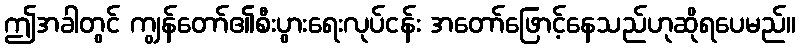
ဤအခါတွင် ကျွန်တော်၏စီးပွားရေးလုပ်ငန်း အတော်ဖြောင့်နေသည်ဟုဆိုရပေမည်။